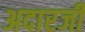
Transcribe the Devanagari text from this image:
अदारजी